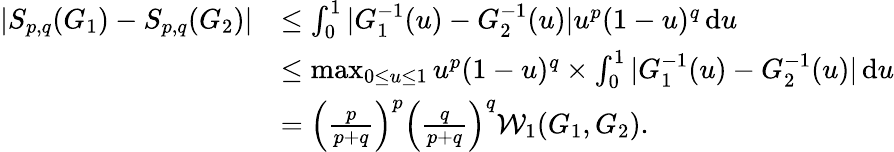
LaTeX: \begin{array}{rl}{|S_{p,q}(G_{1})-S_{p,q}(G_{2})|}&{\leq\int_{0}^{1}|G_{1}^{-1}(u)-G_{2}^{-1}(u)|u^{p}(1-u)^{q}\, \mathrm{d}u}\\ &{\leq\operatorname*{max}_{0\leq u\leq 1}u^{p}(1-u)^{q}\times\int_{0}^{1}|G_{1}^{-1}(u)-G_{2}^{-1}(u)|\, \mathrm{d}u}\\ &{=\Big(\frac{p}{p+q}\Big)^{p}\Big(\frac{q}{p+q}\Big)^{q}\mathcal{W}_{1}(G_{1},G_{2}).}\end{array}